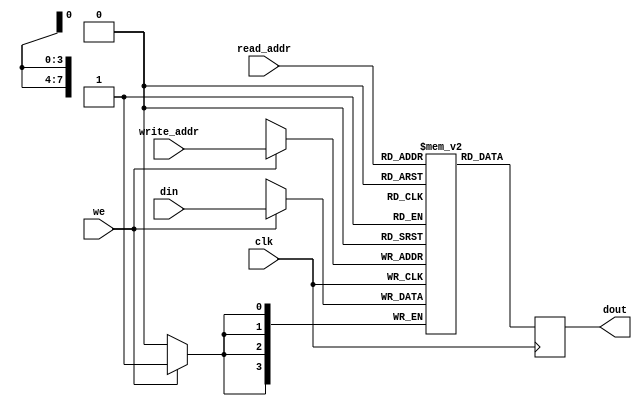
module ram_256x4_sync (
	input 		[7:0] 	read_addr,
	input 		[7:0] 	write_addr,
	input 		[3:0] 	din,
	input 					clk,
	input 					we,
	output reg	[3:0]	dout);
	
	reg [3:0] mem_array [0:255];
	
	always @(posedge clk) begin
		if (we)
			mem_array[write_addr] <= din;
		dout <= mem_array[read_addr];
	end
	
endmodule